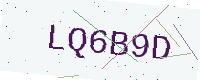
Text: LQ6B9D